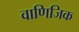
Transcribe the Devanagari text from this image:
वाणिजिक